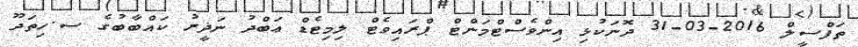
ތަފްސީލް 2016-03-31 ދޮނަކުޅި އިންވެސްޓްމަންޓް ޕްރައިވެޓް ލިމިޓެޑް ޢަބްދު ނަޛީރު ކައްބާބުގެ ސ.ހިތަދޫ